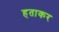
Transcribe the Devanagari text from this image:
हताकर